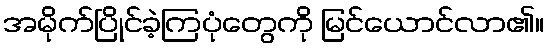
အမိုက်ပြိုင်ခဲ့ကြပုံတွေကို မြင်ယောင်လာ၏။